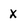
Character: x